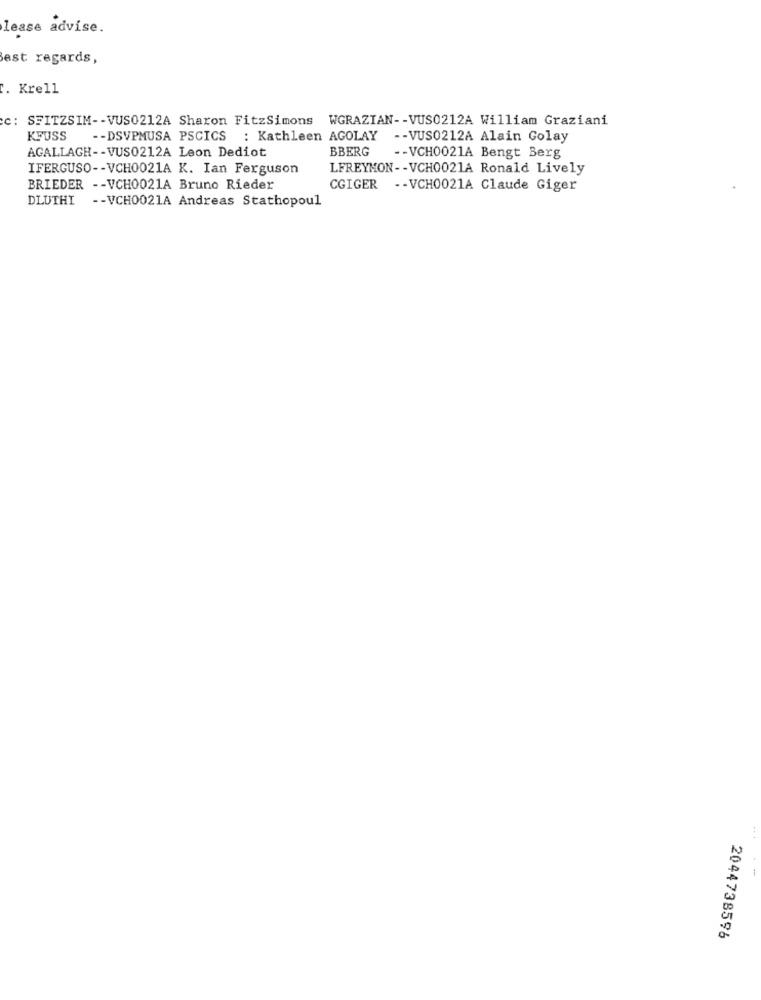
lease advise.
Best regards,
". Krell
c: SFITZSIM -- VUS0212A Sharon FitzSimons WGRAZIAN -- VUS0212A William Graziani
KFUSS
-- DSVPMUSA PSCICS : Kathleen AGOLAY -- VUS0212A Alain Golay
BBERG
AGALLAGH -- VUS0212A Leon Dediot
-- VCH0021A Bengt Berg
IFERGUSO -- VCH0021A K. Ian Ferguson
LFREYMON -- VCH0021A Ronald Lively
BRIEDER -- VCH0021A Bruno Rieder
CGIGER -- VCH0021A Claude Giger
DLUTHI -- VCH0021A Andreas Stathopoul
-
2044738596